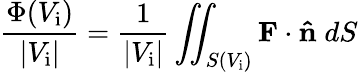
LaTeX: {\frac{\Phi(V_{\mathrm{i}})}{|V_{\mathrm{i}}|}}={\frac{1}{|V_{\mathrm{i}}|}}\iint_{S(V_{\mathrm{i}})}\mathbf{F}\cdot\mathbf{\hat{n}}\; dS